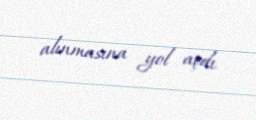
alınmasına yol açdı.